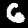
Digit: 6